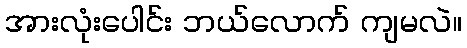
အားလုံးပေါင်း ဘယ်လောက် ကျမလဲ။